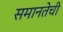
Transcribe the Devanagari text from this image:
समानतेची